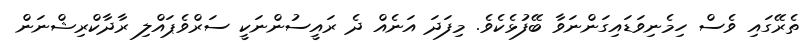
ތެރޭގައި ވެސް ހިމެނިވަޑައިގަންނަވާ ބޭފުޅެކެވެ. މިފަދަ އަނެއް ދެ ރައީސުންނަކީ ސަރްވެޕައްލި ރާދާކްރިޝްނަން